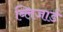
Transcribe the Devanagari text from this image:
ब्लिजार्ड